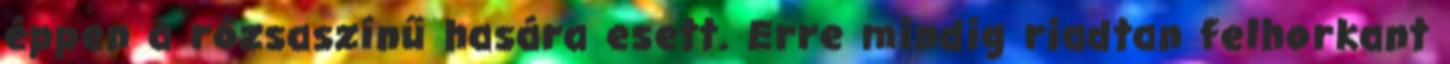
éppen a rózsaszínű hasára esett. Erre mindig riadtan felhorkant